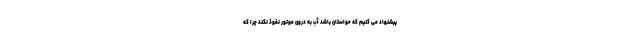
پیشنهاد می کنیم که حواستان باشد آب به درون موتور نفوذ نکند چرا که